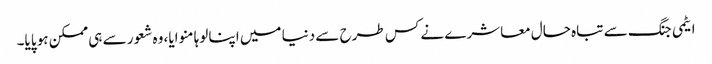
ایٹمی جنگ سے تباہ حال معاشرے نے کس طرح سے دنیا میں اپنا لوہا منوایا، وہ شعور سے ہی ممکن ہو پایا۔